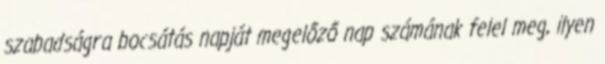
szabadságra bocsátás napját megelőző nap számának felel meg, ilyen